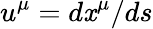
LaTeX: u^{\mu}=d\mathit{x}^{\mu}/ds